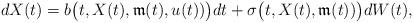
LaTeX: \begin{align*} dX(t) = b\bigl(t,X(t),\mathfrak{m}(t),u(t))\bigr)dt + \sigma\bigl(t,X(t),\mathfrak{m}(t))\bigr)dW(t),\end{align*}